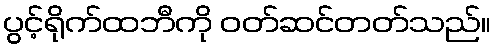
ပွင့်ရိုက်ထဘီကို ဝတ်ဆင်တတ်သည်။